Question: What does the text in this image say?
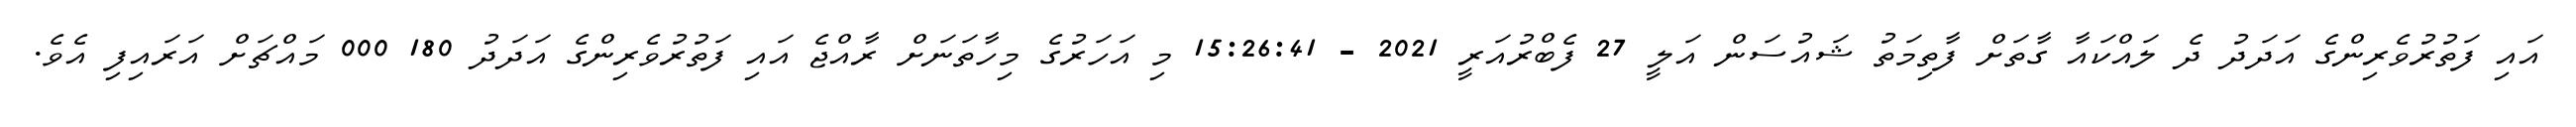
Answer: އައި ފަތުރުވެރިންގެ އަދަދު ދެ ލައްކައާ ގާތަށް ފާތިމަތު ޝައުސަން އަލީ 27 ފެބްރުއަރީ 2021 - 15:26:41 މި އަހަރުގެ މިހާތަނަށް ރާއްޖެ އައި ފަތުރުވެރިންގެ އަދަދު 180 000 މައްޗަށް އަރައިފި އެވެ.